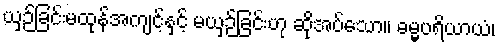
ယှဉ်ခြင်းမထုန်အကျင့်နှင့် မယှဉ်ခြင်းဟု ဆိုအပ်သော။ ဓမ္မပရိယာယံ၊